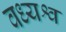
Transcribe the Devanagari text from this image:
वध्यश्व